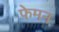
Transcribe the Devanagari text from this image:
फेमन